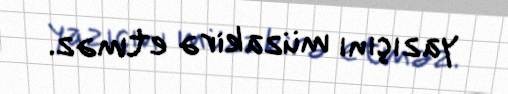
yazıçını müzakirə etməz.